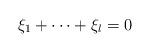
LaTeX: \begin{align*} \xi_{1}+\cdots+\xi_{l}=0 \end{align*}